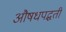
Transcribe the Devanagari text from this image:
औषधपद्धती